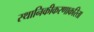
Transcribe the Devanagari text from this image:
स्थानिकीकरणाकरिता